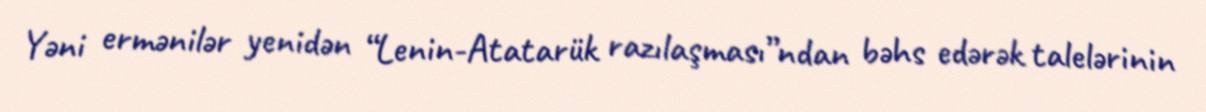
Yəni ermənilər yenidən “Lenin-Atatarük razılaşması”ndan bəhs edərək talelərinin